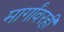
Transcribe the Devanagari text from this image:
मार्गांवरही